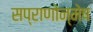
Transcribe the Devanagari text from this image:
सप्राणोन्मेष